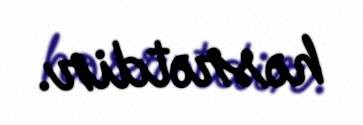
həsrətdir.